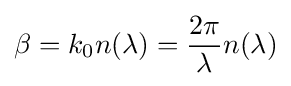
\beta =k_{0}n(\lambda )={\frac {2\pi }{\lambda }}n(\lambda )